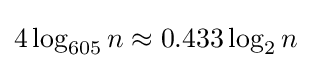
{\textstyle 4\log _{605}n\approx 0.433\log _{2}n}